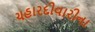
ચહારદીવારીના